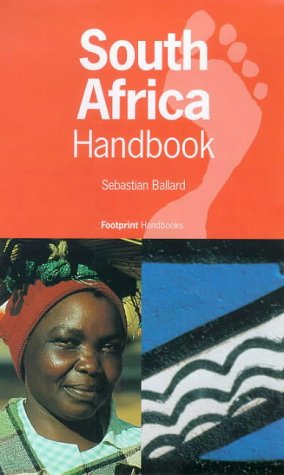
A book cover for South Africa Handbook: With Lesotho and Swaziland (Footprint South Africa Handbook); Sebastian Ballard; Travel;